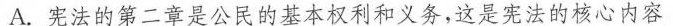
A.宪法的第二章是公民的基本权利和义务，这是宪法的核心内容